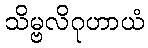
သိမ္ဗလိဂုဟာယံ